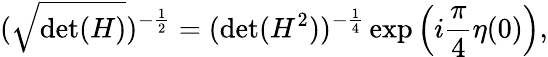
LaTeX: (\sqrt{\mathrm{det}(H)})^{-\frac{1}{2}}=(\mathrm{det}(H^{2}))^{-\frac{1}{4}}\exp\left(i\frac{\pi}{4}\eta(0)\right),